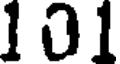
101